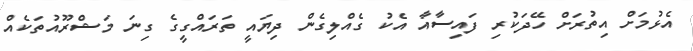
އެޅުމަށް އިތުރަށް ހޭދަކުރި ފައިސާއާ އެކު ގެއްލިގެން ދިޔައީ ތަރައްގީގެ ގިނަ މަޝްރޫއުތަކެއް